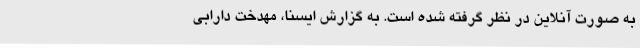
به صورت آنلاین در نظر گرفته شده است. به گزارش ایسنا، مهدخت دارابی